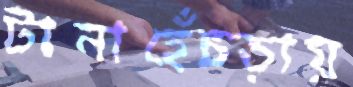
টানাহেঁচড়ায়